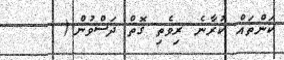
ކަންތައް ކުރާނެ ރިވެތި ގޮތް ދަސްވުން.(